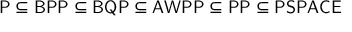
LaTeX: \mathsf { P \subseteq B P P \subseteq B Q P \subseteq A W P P \subseteq P P \subseteq P S P A C E }